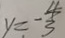
y = - \frac { 4 } { 3 }